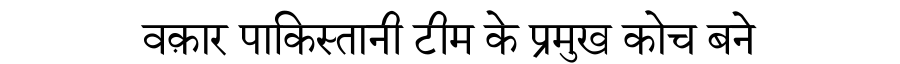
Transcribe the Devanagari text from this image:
वक़ार पाकिस्तानी टीम के प्रमुख कोच बने